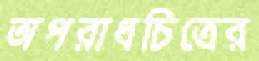
অপরাধচিত্রের